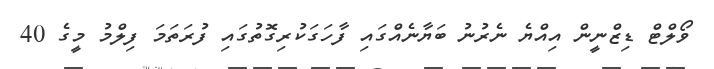
ވޯލްޓް ޑިޒްނީން އިއްޔެ ނެރުނު ބަޔާނެއްގައި ފާހަގަކުރިގޮތުގައި ފުރަތަމަ ފިލްމު މީގެ 40